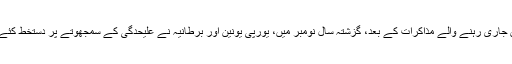
مہینوں جاری رہنے والے مذاكرات کے بعد، گزشتہ سال نومبر میں، یورپی یونین اور برطانیہ نے علیحدگی کے سمجھوتے پر دستخط کئے تھے۔